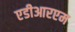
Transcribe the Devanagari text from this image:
एडीआरएम